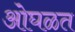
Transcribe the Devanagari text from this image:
ओघळत